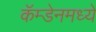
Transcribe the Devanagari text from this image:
कॅम्डेनमध्ये